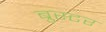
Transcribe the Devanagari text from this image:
ब्रुस्टर